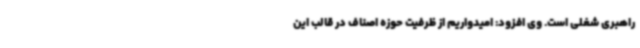
راهبری شغلی است. وی افزود: امیدواریم از ظرفیت حوزه اصناف در قالب این